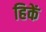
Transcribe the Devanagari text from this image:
हिकें